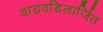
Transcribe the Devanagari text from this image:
वाडवडिलार्जित